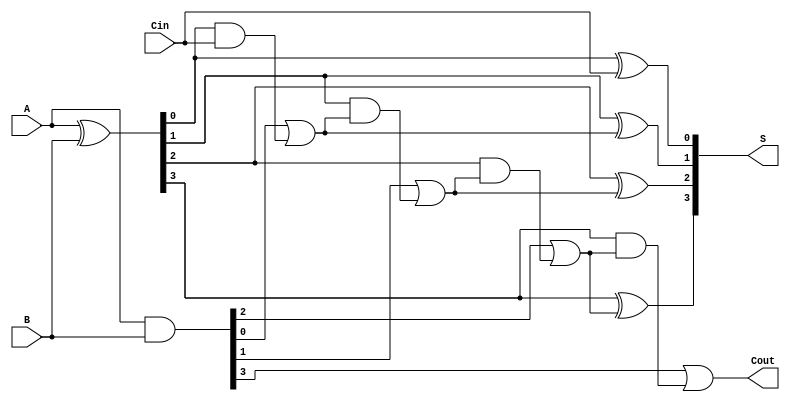
module han_carlson_adder #(
    parameter n = 4 // You can change this parameter to handle different bit-widths
) (
    input  [n-1:0] A,     // First n-bit input
    input  [n-1:0] B,     // Second n-bit input
    input          Cin,    // Carry-in
    output [n-1:0] S,     // n-bit sum output
    output         Cout     // Carry-out
);

    // Intermediate signals for generate and propagate
    wire [n-1:0] G; // Generate signals
    wire [n-1:0] P; // Propagate signals
    wire [n:0] C;   // Carry signals
    
    // Carry Generation
    assign G = A & B;                     // Generate signals
    assign P = A ^ B;                     // Propagate signals
        
    // Carry signals
    assign C[0] = Cin;                    // C[0] is the input carry
    genvar i;
    generate
        for (i = 1; i < n; i = i + 1) begin : carry_logic
            assign C[i] = G[i-1] | (P[i-1] & C[i-1]);
        end
    endgenerate
    assign C[n] = G[n-1] | (P[n-1] & C[n-1]); // Cout

    // Sum Generation
    generate
        for (i = 0; i < n; i = i + 1) begin : sum_logic
            assign S[i] = P[i] ^ C[i];
        end
    endgenerate

    assign Cout = C[n]; // Final carry-out

endmodule